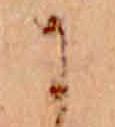
に